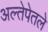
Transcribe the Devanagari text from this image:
अल्तेपेतले